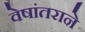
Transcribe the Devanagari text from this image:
वेषांतराने